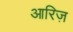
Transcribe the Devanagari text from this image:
आरिज़